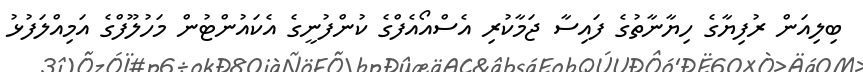
ބިލިއަން ރުފިޔާގެ ހިޔާނާތުގެ ފައިސާ ޖަމާކުރި އެސްއޯއެފްގެ ކުންފުނީގެ އެކައުންޓުން މަހުލޫފްގެ އަމިއްލަފުޅު